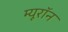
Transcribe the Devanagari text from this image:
म्यूरॉन